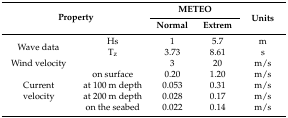
<table><thead><tr><td rowspan="2" colspan="2"><b>Property</b></td><td colspan="2"><b>METEO</b></td><td rowspan="2"><b>Units</b></td></tr><tr><td><b>Normal</b></td><td><b>Extrem</b></td></tr></thead><tbody><tr><td rowspan="2">Wave data </td><td>Hs</td><td>1</td><td>5.7</td><td>m</td></tr><tr><td>T<sub>z</sub></td><td>3.73</td><td>8.61</td><td>s</td></tr><tr><td>Wind velocity</td><td></td><td>3</td><td>20</td><td>m/s</td></tr><tr><td rowspan="4">Current velocity</td><td>on surface</td><td>0.20</td><td>1.20</td><td>m/s</td></tr><tr><td>at 100 m depth</td><td>0.053</td><td>0.31</td><td>m/s</td></tr><tr><td>at 200 m depth</td><td>0.028</td><td>0.17</td><td>m/s</td></tr><tr><td>on the seabed</td><td>0.022</td><td>0.14</td><td>m/s</td></tr></tbody></table>